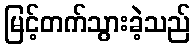
မြင့်တက်သွားခဲ့သည်